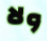
ولا